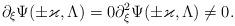
LaTeX: \begin{align*}\partial_\xi \Psi(\pm \varkappa, \Lambda) = 0 \partial_\xi^2 \Psi(\pm \varkappa, \Lambda) \neq 0 .\end{align*}